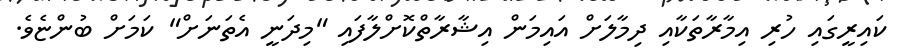
ކައިރީގައި ހުރި އިމާރާތަކާއި ދިމާލަށް އައިމަން އިޝާރާތްކޮށްލާފައި "މިދަނީ އެތަނަށް" ކަމަށް ބުންޏެވެ.